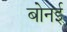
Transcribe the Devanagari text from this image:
बोनई